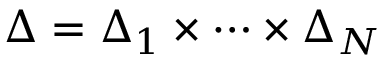
\Delta = \Delta _ { 1 } \times \cdots \times \Delta _ { N }